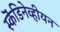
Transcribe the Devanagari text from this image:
स्कॆंडिनेव्हीयन